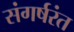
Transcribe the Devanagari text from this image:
संगर्षरंत